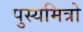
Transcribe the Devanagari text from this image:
पुस्यमित्रो